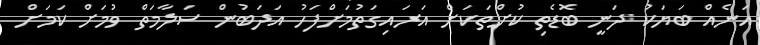
އަނެއް ބަޔަކު ދަނީ ބޮޑެތި ކުށްތަކަށް އަރައިގަތުމަށްފަހު އަދަބުން ސަލާމަތް ވުމަށް ކަމަށް